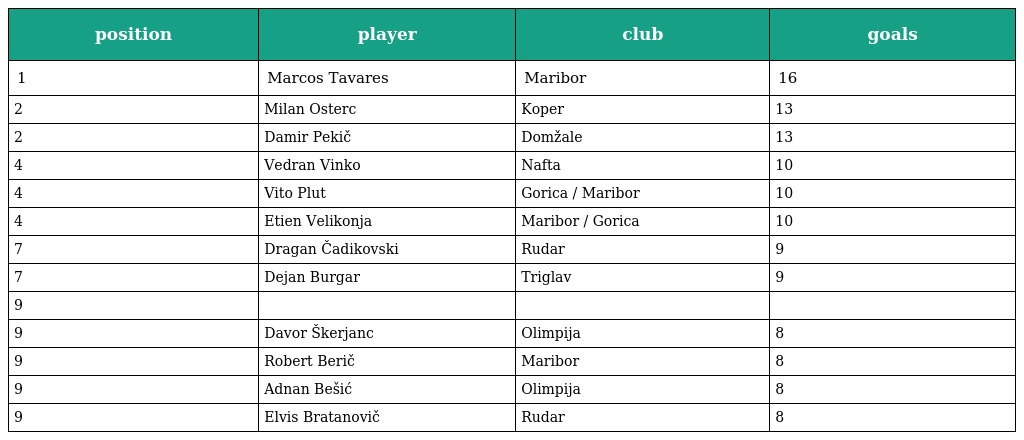
| position | player | club | goals |
 | --- | --- | --- | --- |
 | 1 | Marcos Tavares | Maribor | 16 |
 | 2 | Milan Osterc | Koper | 13 |
 | 2 | Damir Pekič | Domžale | 13 |
 | 4 | Vedran Vinko | Nafta | 10 |
 | 4 | Vito Plut | Gorica / Maribor | 10 |
 | 4 | Etien Velikonja | Maribor / Gorica | 10 |
 | 7 | Dragan Čadikovski | Rudar | 9 |
 | 7 | Dejan Burgar | Triglav | 9 |
 | 9 |  |  |  |
 | 9 | Davor Škerjanc | Olimpija | 8 |
 | 9 | Robert Berič | Maribor | 8 |
 | 9 | Adnan Bešić | Olimpija | 8 |
 | 9 | Elvis Bratanovič | Rudar | 8 |